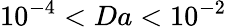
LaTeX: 10^{-4}<Da<10^{-2}